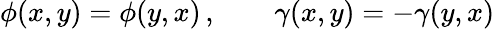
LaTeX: \phi(x,y)=\phi(y,x)\, ,\qquad\gamma(x,y)=-\gamma(y,x)\,